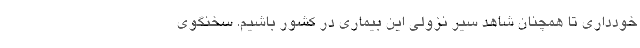
خودداری تا همچنان شاهد سیر نزولی این بیماری در کشور باشیم. سخنگوی